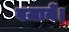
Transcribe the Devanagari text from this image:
बजायें।